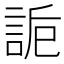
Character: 𧧊